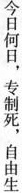
今日何日，专制死，自由生